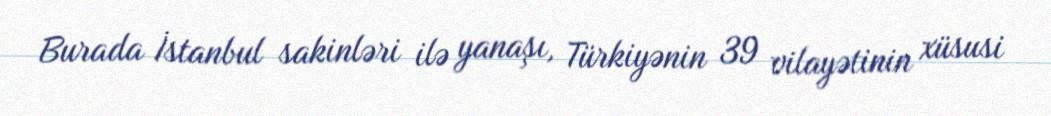
Burada İstanbul sakinləri ilə yanaşı, Türkiyənin 39 vilayətinin xüsusi